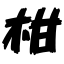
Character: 柑